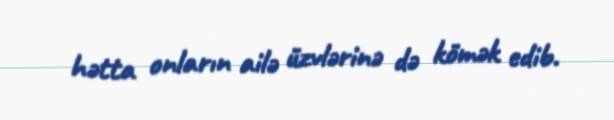
hətta onların ailə üzvlərinə də kömək edib.